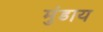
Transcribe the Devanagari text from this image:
मुंडाय